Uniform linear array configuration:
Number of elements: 8
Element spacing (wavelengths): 1
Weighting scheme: uniform
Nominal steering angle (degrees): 30
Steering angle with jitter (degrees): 30.292
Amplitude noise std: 0.05
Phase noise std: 0.05

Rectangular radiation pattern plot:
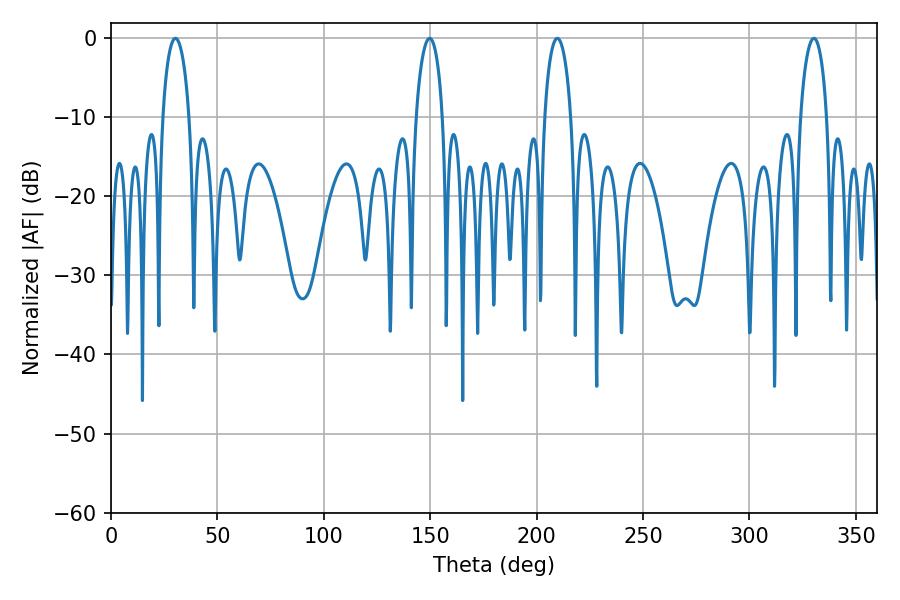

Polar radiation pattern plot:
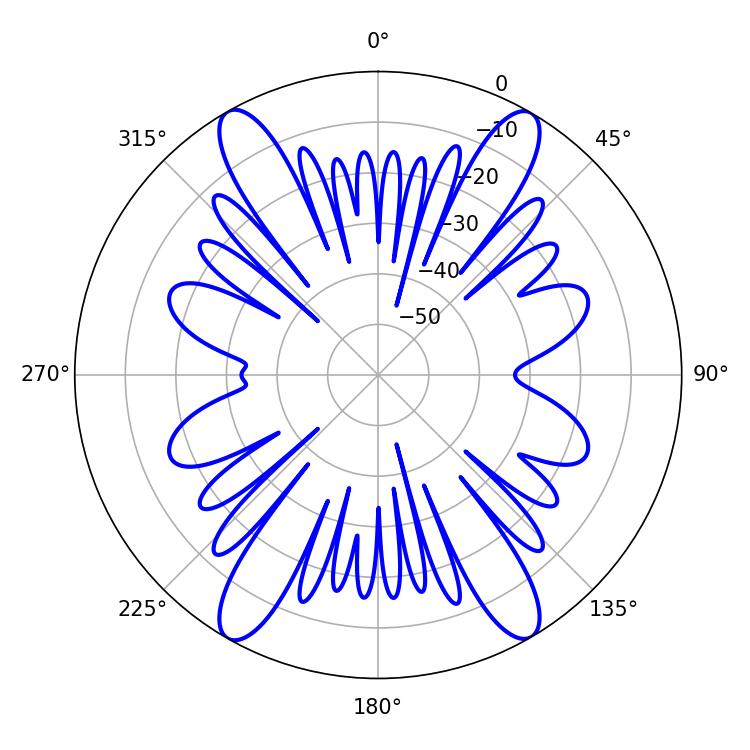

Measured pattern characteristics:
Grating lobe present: TRUE
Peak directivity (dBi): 27.907
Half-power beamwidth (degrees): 7.02
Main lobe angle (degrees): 209.7